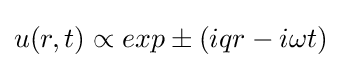
u(r,t)\propto exp\pm (iqr-i\omega t)